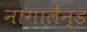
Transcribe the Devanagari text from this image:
नागालैन्ड